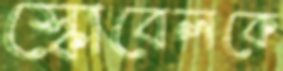
স্কোবেলকে